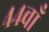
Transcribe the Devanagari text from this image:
४४वाँ